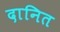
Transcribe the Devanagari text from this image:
दानित